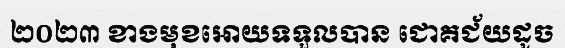
២០២៣ ខាងមុខអោយទទួលបាន ជោគជ័យដូច